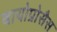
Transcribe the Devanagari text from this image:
बायोप्रोसैस